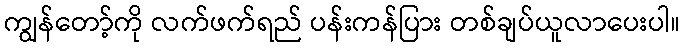
ကျွန်တော့်ကို လက်ဖက်ရည် ပန်းကန်ပြား တစ်ချပ်ယူလာပေးပါ။